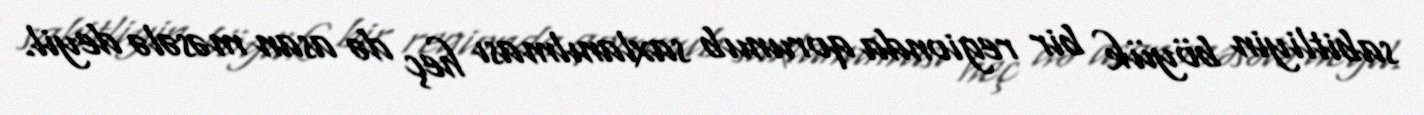
sabitliyin böyük bir regionda qorunub saxlanılması heç də asan məsələ deyil.